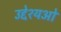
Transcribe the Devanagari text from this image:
उद्देश्यओ